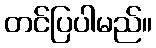
တင်ပြပါမည်။